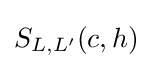
S_{L,L'}(c,h)